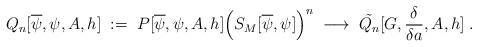
LaTeX: \begin{align*}Q_n[\overline{\psi},\psi,A,h] \; := \;P[\overline{\psi},\psi,A,h] \Big(S_M[\overline{\psi},\psi]\Big)^n \;\longrightarrow \; \tilde{Q_n} [G,\frac{\delta}{\delta a},A,h] \; .\end{align*}